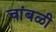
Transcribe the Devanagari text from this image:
चांबळी